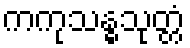
ကကုသန္ဓသုတ္တံ